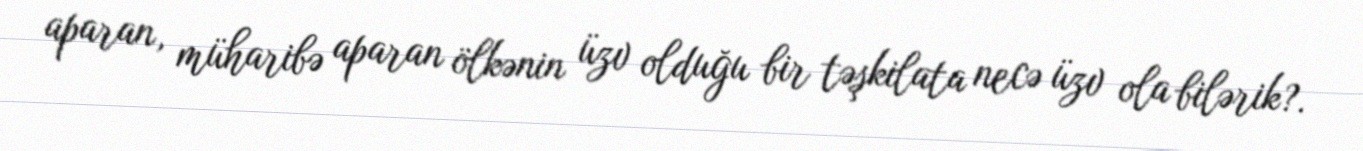
aparan, müharibə aparan ölkənin üzv olduğu bir təşkilata necə üzv ola bilərik?.